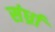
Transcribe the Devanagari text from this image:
संर्ध्रा